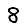
Digit: 8